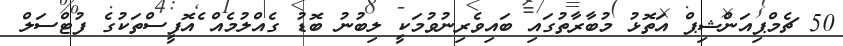
50 ޗެމްޕިއަންޝިޕް އަތޮޅު މުބާރާތުގައި ބައިވެރިނުވުމަކީ ލިބުނު ބޮޑު ގެއްލުމެއް ެއޮފީސްތަކުގެ ފުޓްސަލް